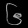
Digit: ၆